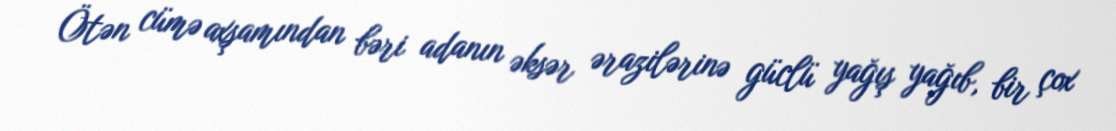
Ötən cümə axşamından bəri adanın əksər ərazilərinə güclü yağış yağıb, bir çox